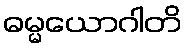
ဓမ္မယောဂါတိ